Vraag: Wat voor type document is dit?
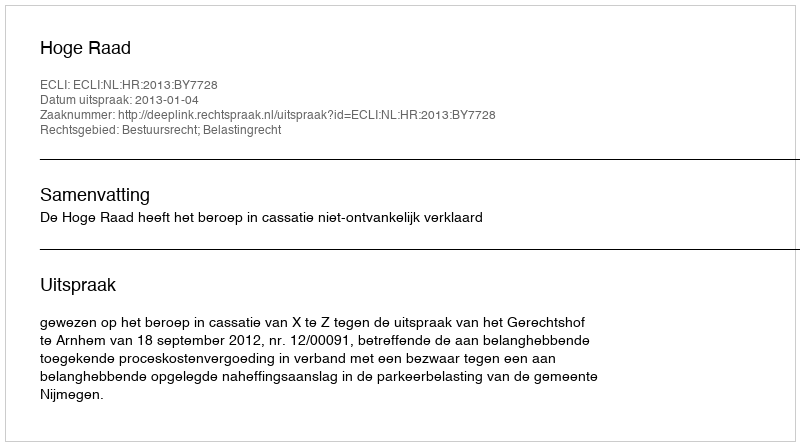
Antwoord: Uitspraak